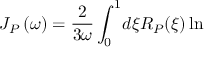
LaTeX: J _ { P } \left( \omega \right) = \frac { 2 } { 3 \omega } \int _ { 0 } ^ { 1 } \! d \xi R _ { P } ( \xi ) \ln